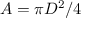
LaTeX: A = \pi D ^ { 2 } / 4